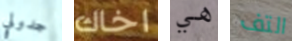
جدولي اخاك هي التف